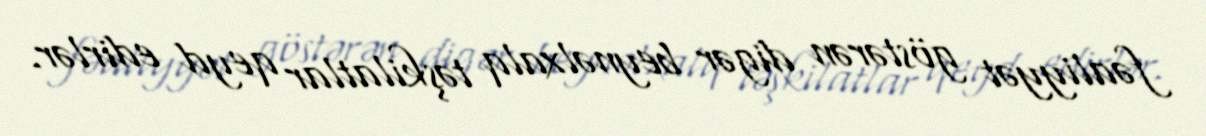
fəaliyyət göstərən digər beynəlxalq təşkilatlar qeyd edirlər.